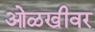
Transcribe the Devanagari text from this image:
ओळखीवर